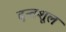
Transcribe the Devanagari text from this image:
दन्तशूल